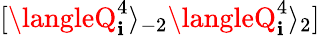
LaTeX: [\langleQ_{\mathbf{i}}^{4}\rangle_{-2}\langleQ_{\mathbf{i}}^{4}\rangle_{2}]